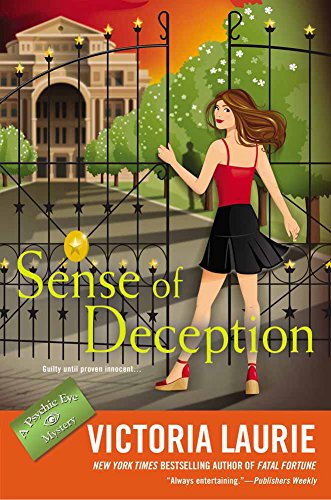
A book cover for Sense of Deception: A Psychic Eye Mystery; Victoria Laurie; Mystery, Thriller & Suspense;